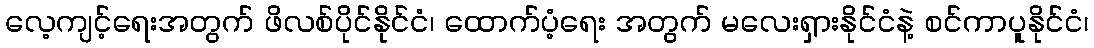
လေ့ကျင့်ရေးအတွက် ဖိလစ်ပိုင်နိုင်ငံ၊ ထောက်ပံ့ရေး အတွက် မလေးရှားနိုင်ငံနဲ့ စင်ကာပူနိုင်ငံ၊